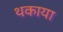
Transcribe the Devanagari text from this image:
थकाया